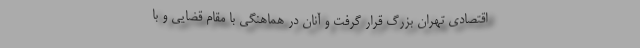
اقتصادی تهران بزرگ قرار گرفت و آنان در هماهنگی با مقام قضایی و با